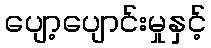
ပျော့ပျောင်းမှုနှင့်